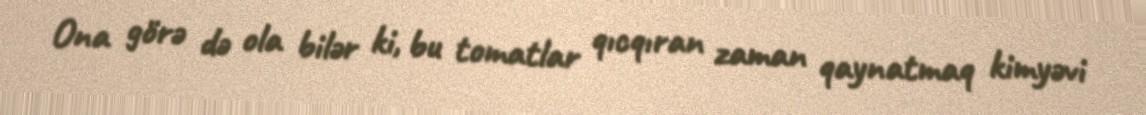
Ona görə də ola bilər ki, bu tomatlar qıcqıran zaman qaynatmaq kimyəvi